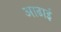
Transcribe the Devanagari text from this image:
आढाई